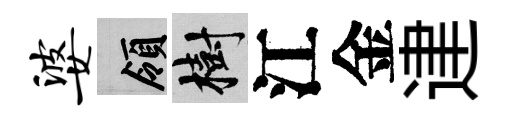
婆領樹江金䢖